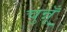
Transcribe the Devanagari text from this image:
चुन्नूँ